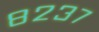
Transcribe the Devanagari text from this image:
८२३७